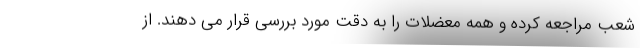
شعب مراجعه کرده و همه معضلات را به دقت مورد بررسی قرار می دهند. از